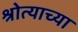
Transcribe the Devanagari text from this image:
श्रोत्याच्या